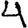
Digit: 4